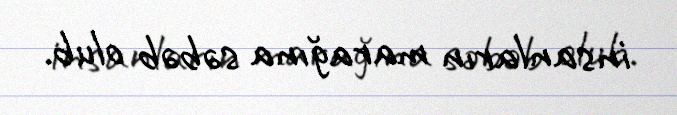
insanların marağına səbəb olub.